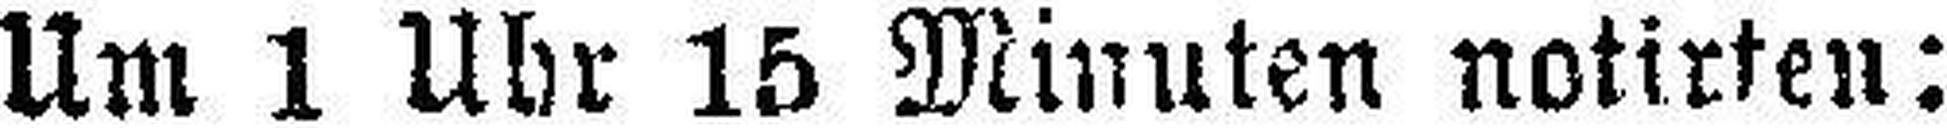
Um 1 Uhr 15 Minuten notirten: